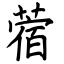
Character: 蓿